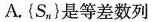
A.\left\{S_{n}\right\}是等差数列